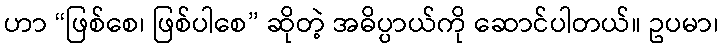
ဟာ “ဖြစ်စေ၊ ဖြစ်ပါစေ” ဆိုတဲ့ အဓိပ္ပာယ်ကို ဆောင်ပါတယ်။ ဥပမာ၊